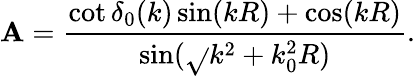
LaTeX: \mathbf{A}=\frac{{\cot\delta_{0}(k)\sin(kR)+\cos(kR)}}{{\sin(\sqrt{}{{k^{2}+k_{0}^{2}}}R)}}.